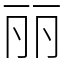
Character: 丽